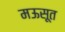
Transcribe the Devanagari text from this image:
मऊसूत